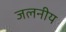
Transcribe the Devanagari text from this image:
जलनीय